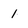
Character: 1